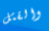
والقتل